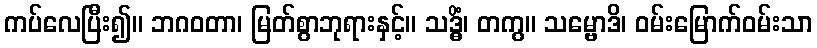
ကပ်လေပြီး၍။ ဘဂဝတာ၊ မြတ်စွာဘုရားနှင့်။ သဒ္ဓိံ၊ တကွ။ သမ္ဗောဒိ၊ ဝမ်းမြောက်ဝမ်းသာ